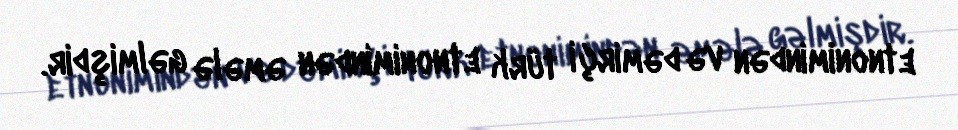
etnonimindən və dəmirçi türk etnonimindən əmələ gəlmişdir.